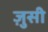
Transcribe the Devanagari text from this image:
ज़ुसी